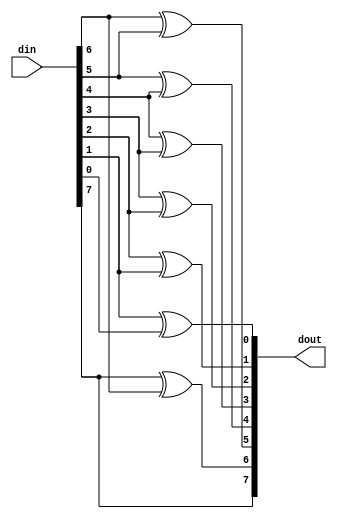
// ***************************************************************************
// ***************************************************************************
// Copyright 2014 - 2017 (c) Analog Devices, Inc. All rights reserved.
//
// In this HDL repository, there are many different and unique modules, consisting
// of various HDL (Verilog or VHDL) components. The individual modules are
// developed independently, and may be accompanied by separate and unique license
// terms.
//
// The user should read each of these license terms, and understand the
// freedoms and responsabilities that he or she has by using this source/core.
//
// This core is distributed in the hope that it will be useful, but WITHOUT ANY
// WARRANTY; without even the implied warranty of MERCHANTABILITY or FITNESS FOR
// A PARTICULAR PURPOSE.
//
// Redistribution and use of source or resulting binaries, with or without modification
// of this file, are permitted under one of the following two license terms:
//
//   1. The GNU General Public License version 2 as published by the
//      Free Software Foundation, which can be found in the top level directory
//      of this repository (LICENSE_GPL2), and also online at:
//      <https://www.gnu.org/licenses/old-licenses/gpl-2.0.html>
//
// OR
//
//   2. An ADI specific BSD license, which can be found in the top level directory
//      of this repository (LICENSE_ADIBSD), and also on-line at:
//      https://github.com/analogdevicesinc/hdl/blob/master/LICENSE_ADIBSD
//      This will allow to generate bit files and not release the source code,
//      as long as it attaches to an ADI device.
//
// ***************************************************************************
// ***************************************************************************

`timescale 1ns/100ps

module ad_b2g #(

  parameter DATA_WIDTH = 8) (

  input       [DATA_WIDTH-1:0]    din,
  output      [DATA_WIDTH-1:0]    dout);

  function [DATA_WIDTH-1:0] b2g;
    input [DATA_WIDTH-1:0] b;
    integer i;
    begin
      b2g[DATA_WIDTH-1] = b[DATA_WIDTH-1];
      for (i = DATA_WIDTH-1; i > 0; i = i -1) begin
        b2g[i-1] = b[i] ^ b[i-1];
      end
    end
  endfunction

  assign dout = b2g(din);

endmodule